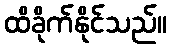
ထိခိုက်နိုင်သည်။